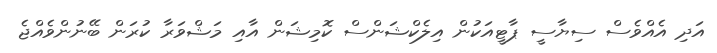
އަދި އެއްވެސް ސިޔާސީ ޕާޓީއަކުން އިލެކްޝަންސް ކޮމިޝަން އާއި މަޝްވަރާ ކުރަން ބޭނުންވެއްޖެ